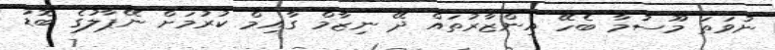
ނުވަތަ މޫސުމާ ބެހޭ އިންޒާރުތައް ދޭ ނިޒާމް ގާއިމް ކުރުމަށް ނޭޕާލުގެ ބޮޑު